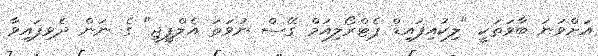
އަށްވަނަ ބާވަތަކީ "ލިކުއިފައިޑް ޕެޓްރޯލިއަމް ގޭސް ނުވަތަ އެލްޕީޖީ" ގެ ނަން ދެވިފައިވާ